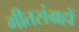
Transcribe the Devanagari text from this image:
गीतसंग्रहों